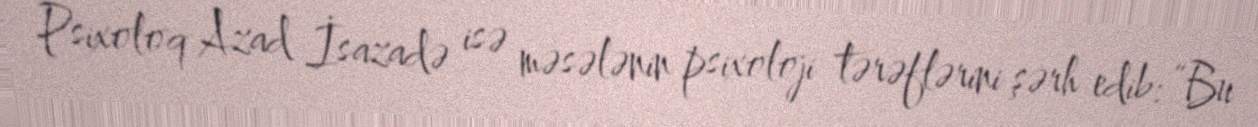
Psixoloq Azad İsazadə isə məsələnin psixoloji tərəflərini şərh edib: “Bu